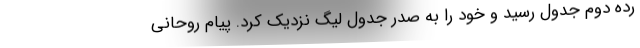
رده دوم جدول رسید و خود را به صدر جدول لیگ نزدیک کرد. پیام روحانی